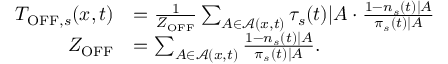
\begin{array} { r l } { T _ { \mathrm { O F F } , s } ( x , t ) } & { = \frac { 1 } { Z _ { \mathrm { O F F } } } \sum _ { A \in \mathcal { A } ( x , t ) } \tau _ { s } ( t ) | A \cdot \frac { 1 - n _ { s } ( t ) | A } { \pi _ { s } ( t ) | A } } \\ { Z _ { \mathrm { O F F } } } & { = \sum _ { A \in \mathcal { A } ( x , t ) } \frac { 1 - n _ { s } ( t ) | A } { \pi _ { s } ( t ) | A } . } \end{array}